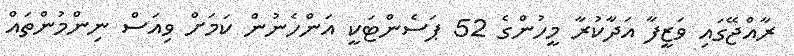
ރާއްޖޭގައި ވަޒީފާ އަދާކުރާ މީހުންގެ 52 ޕަސެންޓަކީ އަންހެނުން ކަމަށް ވިއަސް ނިންމުންތައް